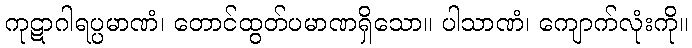
ကုဋာဂါရပ္ပမာဏံ၊ တောင်ထွတ်ပမာဏရှိသော။ ပါသာဏံ၊ ကျောက်လုံးကို။